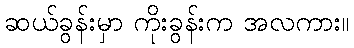
ဆယ်ခွန်းမှာ ကိုးခွန်းက အလကား။